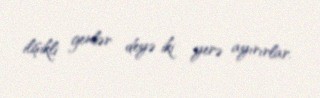
ilişikli genlər deyə iki yerə ayırırlar.